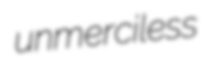
unmerciless